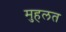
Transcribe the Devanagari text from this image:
मुहलत